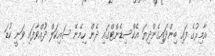
އާމިރުގެ ފައި ބިންދައިގެންދިޔަ އެކްސިޑެންޓްގައި ދެން ހިމެނޭ ސައިކަލް ދުއްވާފައި ވަނީ ކުޑަ